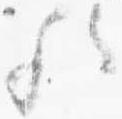
歟